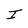
Character: I